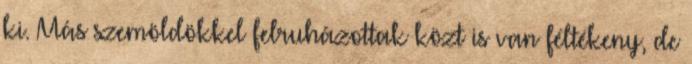
ki. Más szemöldökkel felruházottak közt is van féltékeny, de